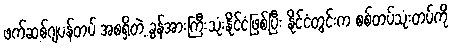
ဖက်ဆစ်ဂျပန်တပ် အစရှိတဲ့ ခွန်အားကြီးသုံးနိုင်ငံဖြစ်ပြီး နိုင်ငံတွင်းက စစ်တပ်သုံးတပ်ကို